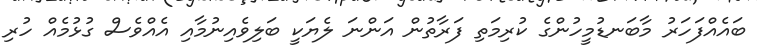
ބައެއްފަހަރު މާބަނޑުމީހުންގެ ކުރިމަތި ފަރާތުން އަންނަ ލެޔަކީ ބަލިވެއިނުމާއި އެއްވެސް ގުޅުމެއް ހުރި